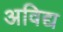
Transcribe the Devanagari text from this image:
अविद्य